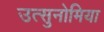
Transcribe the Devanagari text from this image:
उत्सुनोमिया